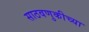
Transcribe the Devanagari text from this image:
साठवणुकीच्या